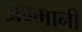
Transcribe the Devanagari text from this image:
अम्मानी